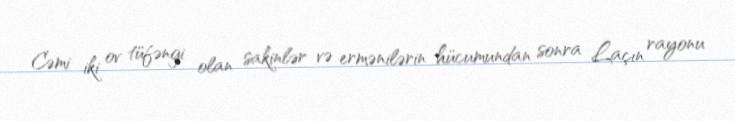
Cəmi iki ov tüfəngi olan sakinlər və ermənilərin hücumundan sonra Laçın rayonu